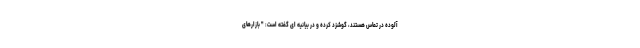
آلوده در تماس هستند، گوشزد کرده و در بیانیه ای گفته است: " بازارهای